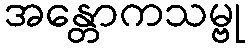
အန္တောကသမ္ဗု